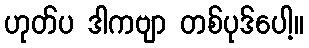
ဟုတ်ပ ဒါကဗျာ တစ်ပုဒ်ပေါ့။